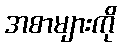
အစာများကို